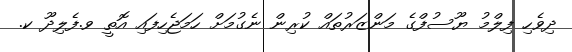
ދިވެހި ފިލްމު ޔޫސުފްގެ މަންޒަރުތައް ކުރިން ނެގުމަށް ހަމަޖެހިފައި އޮތީ ވ.ފެލިދޫ ކ.